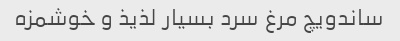
ساندویچ مرغ سرد بسیار لذیذ و خوشمزه